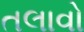
તલાવો